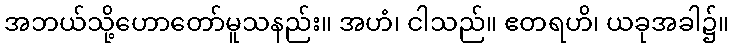
အဘယ်သို့ဟောတော်မူသနည်း။ အဟံ၊ ငါသည်။ ဧတရဟိ၊ ယခုအခါ၌။